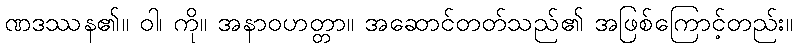
ဏဒဿန၏။ ဝါ၊ ကို။ အနာဝဟတ္တာ။ အဆောင်တတ်သည်၏ အဖြစ်ကြောင့်တည်း။